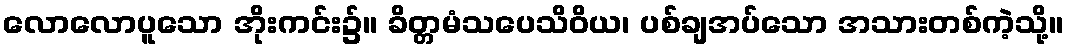
လောလောပူသော အိုးကင်း၌။ ခိတ္တမံသပေသိဝိယ၊ ပစ်ချအပ်သော အသားတစ်ကဲ့သို့။